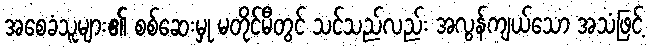
အစေခံသူများ၏ စစ်ဆေးမှု မတိုင်မီတွင် သင်သည်လည်း အလွန်ကျယ်သော အသံဖြင့်